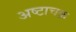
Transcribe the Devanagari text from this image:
अष्टाचक्र